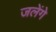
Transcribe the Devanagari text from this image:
जलेंगे